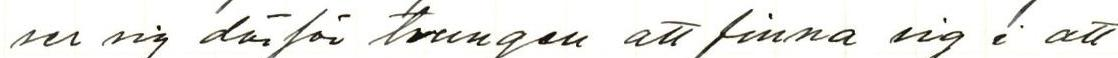
ser sig därför tvungen att finna sig i att